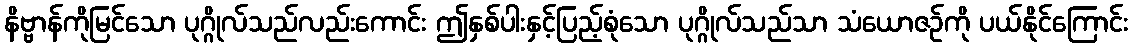
နိဗ္ဗာန်ကိုမြင်သော ပုဂ္ဂိုလ်သည်လည်းကောင်း ဤနှစ်ပါးနှင့်ပြည့်စုံသော ပုဂ္ဂိုလ်သည်သာ သံယောဇဉ်ကို ပယ်နိုင်ကြောင်း